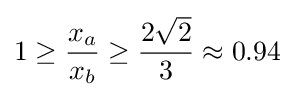
1\geq {\frac {x_{a}}{x_{b}}}\geq {\frac {2{\sqrt {2}}}{3}}\approx 0.94